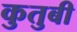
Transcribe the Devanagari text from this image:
कुतुबी